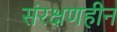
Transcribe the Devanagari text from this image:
संरक्षणहीन